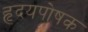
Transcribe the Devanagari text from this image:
हृदयपोषक